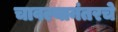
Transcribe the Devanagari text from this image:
चावल्यानंतरचे